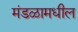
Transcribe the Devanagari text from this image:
मंडळामधील